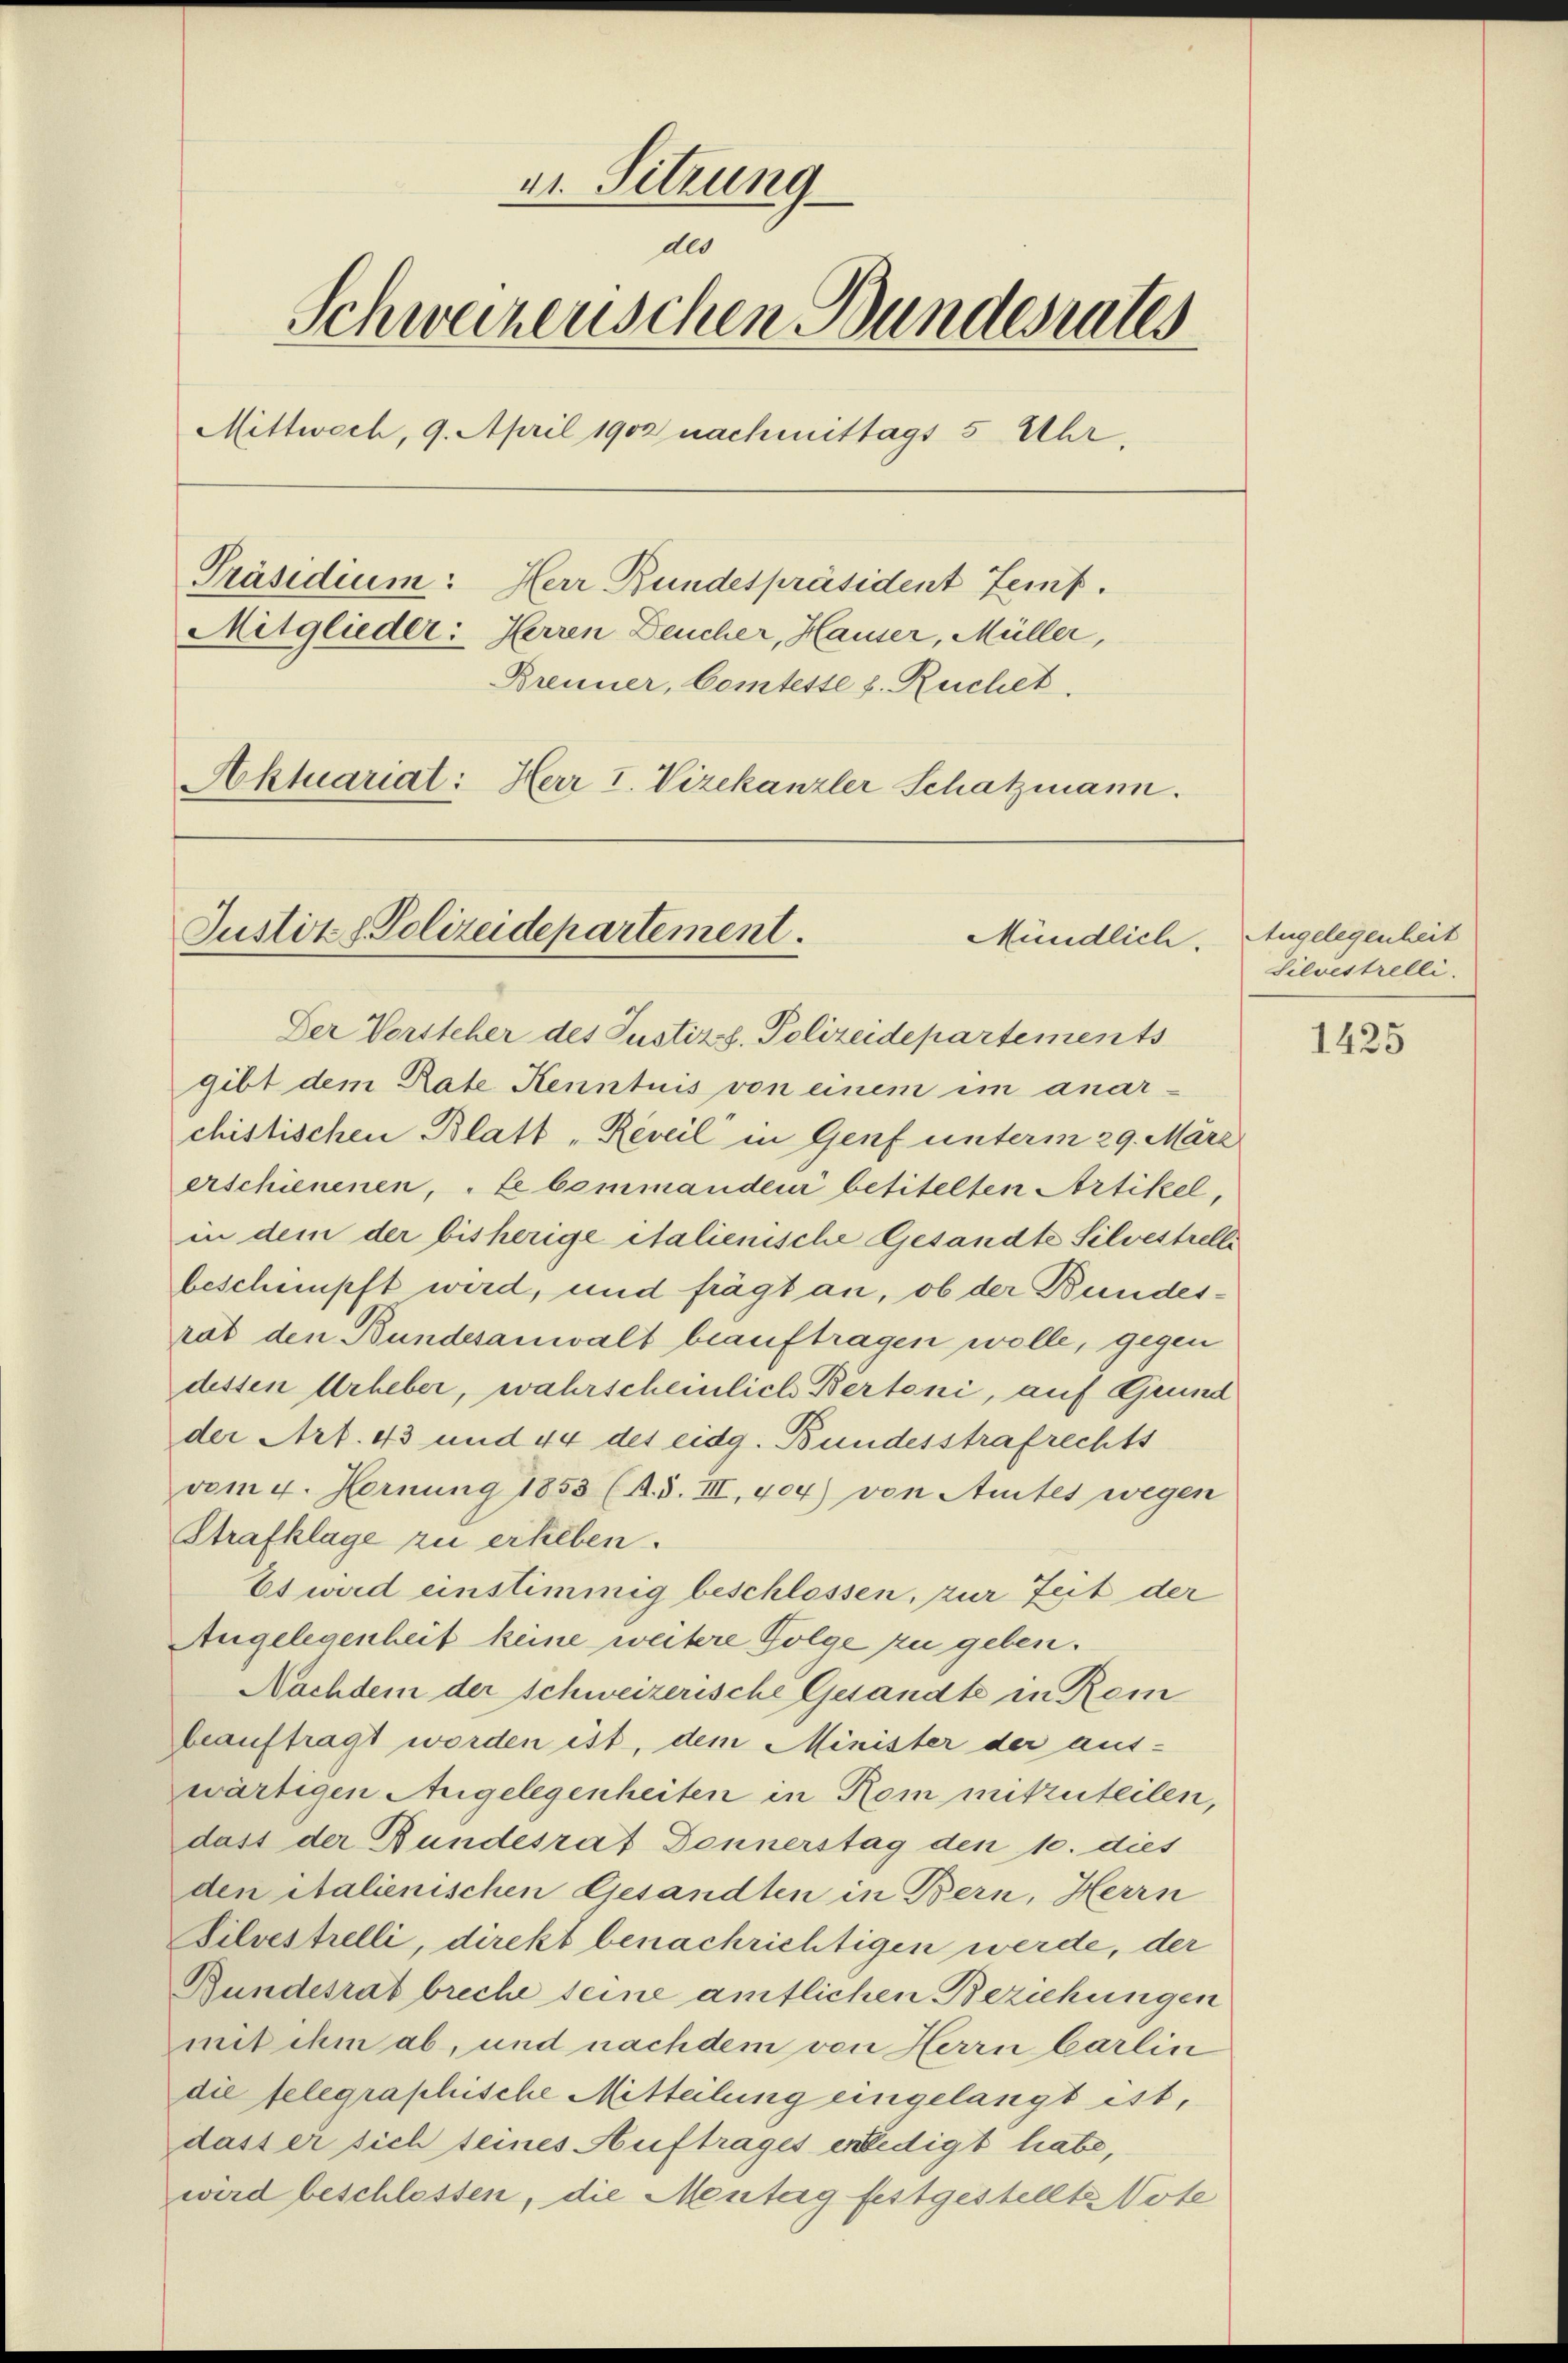
21. Sitzung
der
Schweizenschen Bundesrates
Mittwoch, 9. April 1902 nachmittags 5 Uhr,
Präsidium: Herr Bundespräsident Zeit.
Mitglieder: Herren Deucher, Hauser, Müller,
Brenner, Comteste s. Ruchet.

Aktuariat: Herr I. Vizekanzler Schatzmann.

Justiz & Polizeidepartement.
Mündlich.
Der Vorsteher des Justiz. Polizeidepartements

gibt dem Rate Kenntnis von einem im anarchistischen Blatt „Reveil in Genf unterm 29. März
erschienenen, „Le bommanden betitelten Artikel,
in dem der bisherige italienische Gesandte Silvestrelle
beschimpft wird, und frägt an, ob der Bundesrat den Bundesanwalt beauftragen wolle, gegen
dessen Urheber, wahrscheinlich Bertoni, auf Grund
der Art. 43 und 44 des eidg. Bundesstrafrechts
vom 4. Fernung 1853 (A.S. III, 404) von Amtes wegen
Strafklage zu erheben.
Es wird einstimmig beschlossen, zur Zeit der
Angelegenheit keine weitere Folge zu geben.
Nachdem der Schweizerische Gesandte in Rein
beauftragt worden ist, dem Minister der aus-
wärtigen Angelegenheiten in Rom mitzuteilen,
dass der Bundesrat Donnerstag den 10. dies
den italienischen Gesandten in Bern, Herrn
Bilvestrelli, direkt benachrichtigen werde, der
Bundesrat breche seine amtlichen Beziehungen
mit ihm ab, und nachdem von Herrn Carlin
die felegraphische Mitteilung eingelangt ist,
dass er sich seines Auftrages erledigt habe,
wird beschlossen, die Mentag festgestellte Vote

Angelegenheit
Silvestrelli

1425